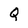
Character: Q